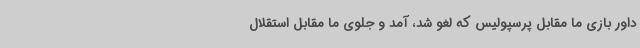
داور بازی ما مقابل پرسپولیس که لغو شد، آمد و جلوی ما مقابل استقلال